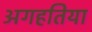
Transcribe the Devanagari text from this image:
अगहतिया